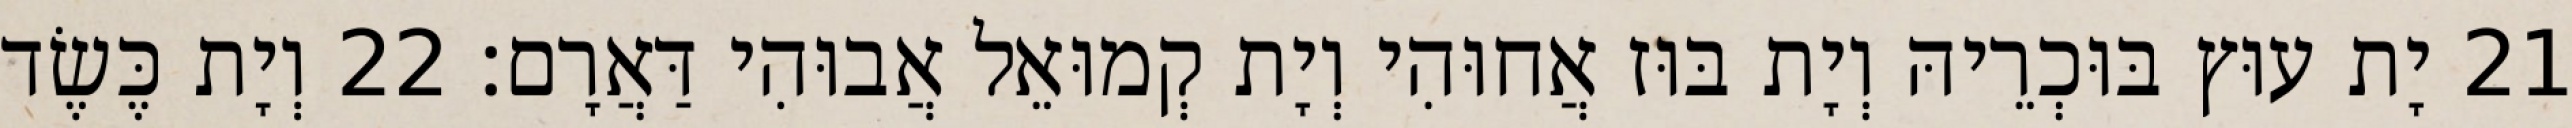
21 יָת עוּץ בּוּכְרֵיהּ וְיָת בּוּז אֲחוּהִי וְיָת קְמוּאֵל אֲבוּהִי דַּאֲרָם׃ 22 וְיָת כֶּשֶׂד